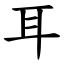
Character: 耳